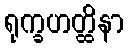
ရုက္ခဟတ္ထိနာ